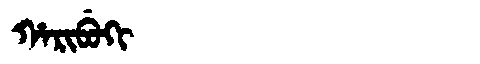
Manchu: ᡥᠠᡵᡳᠪᡠᡴᡳ
Romanization: HARIBUKI